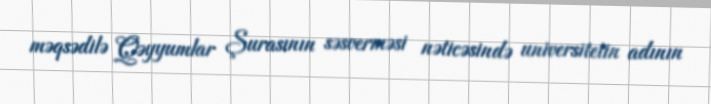
məqsədilə Qəyyumlar Şurasının səsverməsi nəticəsində universitetin adının